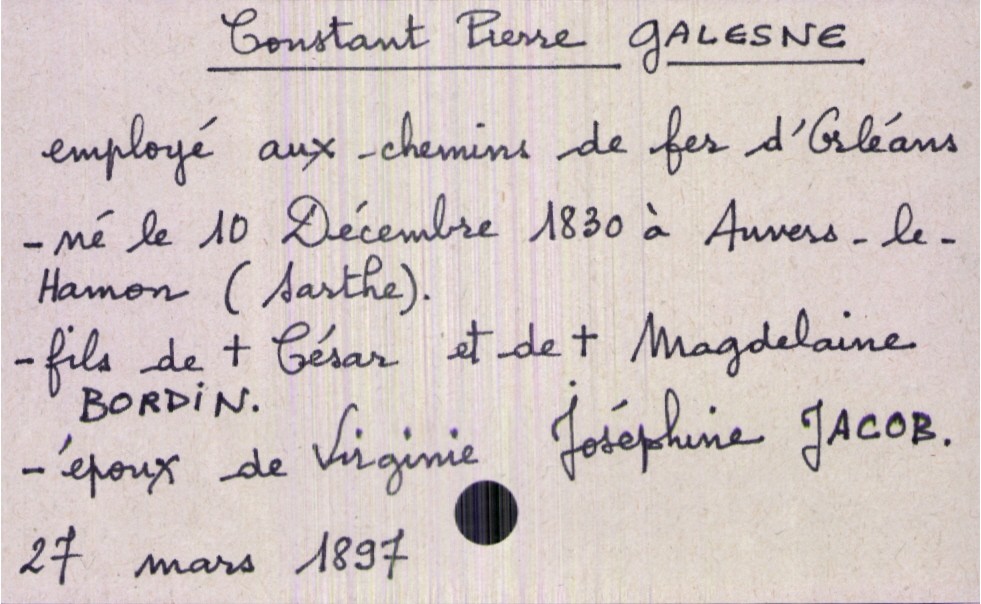
type_acte: Décès
année: 1897
mois: mars
jour: 27
défunt_nom: Galesne
défunt_prénom: Constant Pierre
défunt_sexe: H
défunt_profession: employé aux chemin de fer d'Orléans
défunt_date_de_naissance: 10 décembre 1830
défunt_lieu_de_naissance: Auvers-le-Hamon (Sarthe)
défunt_statut: marié(e)
père_défunt_nom: Galesne
père_défunt_prénom: César
père_défunt_statut: décédé
mère_défunt_nom: Bordin
mère_défunt_prénom: Magdelaine